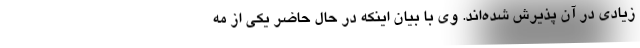
زیادی در آن پذیرش شده‌اند. وی با بیان اینکه در حال حاضر یکی از مه